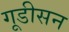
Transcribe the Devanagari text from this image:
गूडीसन